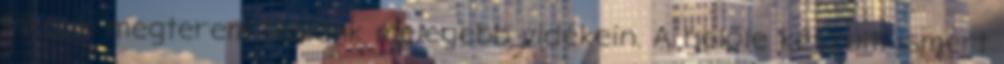
inkább megterem hazánk melegebb vidékein. A belőle készült, ismert